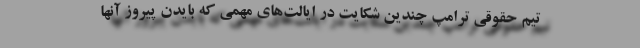
تیم حقوقی ترامپ چندین شکایت در ایالت‌های مهمی که بایدن پیروز آنها